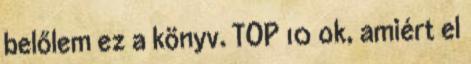
belőlem ez a könyv. TOP 10 ok, amiért el